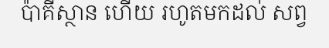
ប៉ាគីស្ថាន ហើយ រហូតមកដល់ សព្វ